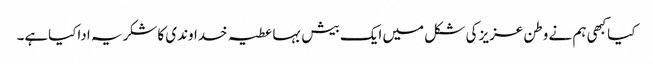
کیاکبھی ہم نے وطن عزیز کی شکل میں ایک بیش بہاعطیہ خداوندی کاشکریہ اداکیاہے۔